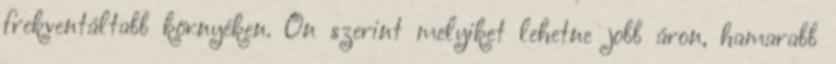
frekventáltabb környéken. Ön szerint melyiket lehetne jobb áron, hamarabb